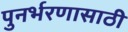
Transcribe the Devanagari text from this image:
पुनर्भरणासाठी